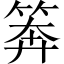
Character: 𥮈